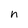
Character: n